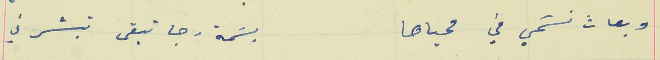
وبعاث نسَمي في محياها                                          بسَمة رجا تبقى تبشرني